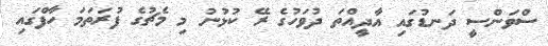
ސްވަންސީ ދަނޑުގައި އާދީއްތަ ދުވަހުގެ ރޭ ކުޅުނު މި މެޗުގެ ފުރަތަމަ ހާފްގައި